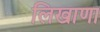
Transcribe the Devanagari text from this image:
लिखाणा